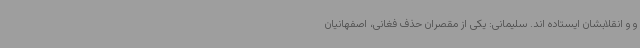
و و انقلابشان ایستاده اند. سلیمانی: یکی از مقصران حذف فغانی، اصفهانیان